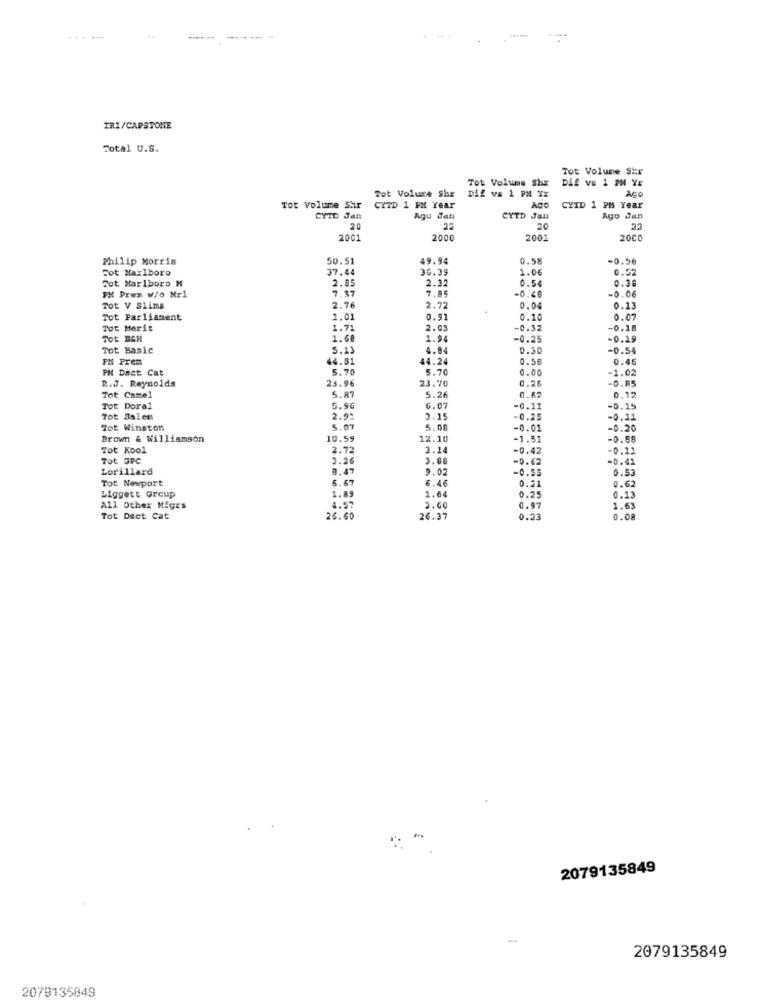
.....
IRI/CAPSTONE
Total U.S.
Tot Volune Shr
Tot Volume Shx
DAS vs 1 PM YE
Tot Volure shr
AGO
Dif vs 1 PM YX
Tot Volume Shr
CYTD 1 FM Year
Ago
CYID 1 PM Year
CYTO Jall
Agu Jan
CYTD Jan
Ago Jan
20
20
2001
2000
2001
2000
Philip Morris
50.51
49.94
0.58
-0.56
Sot Marlboro
37.44
36.39
1.06
0.52
Sot Marlboro M
2.32
0.54
0.30
2.85
7.37
7.85
-0.06
PM Pren W/o Nr1
-0.46
Tot V Slims
2.76
2.72
0.04
0.13
Tot Parliament
1.01
0.91
0.10
0.07
Tot Merit
1.71
2.03
-0.32
-0.18
Tot BCH
1.60
1.94
-0.25
-0.19
Tot Basic
5.13
4.84
0.30
-0.54
PH Prem
44.81
44.24
0.58
0.46
PH Dact Cat
5.70
5.70
0.00
-1.02
R.J. Reynolds
23.96
23.70
0.26
-0.95
5.87
Tot Camel
5.26
0.62
0.12
Tot Doral
5.96
6.07
-0.11
-0.15
Tot Sales
2.95
3.15
-0.25
-0.11
Tot Winston
5.07
5.00
-0.01
-0.20
Brown & Williamson
10.59
12.10
-1.51
-0.88
Tot Kool
2.72
3.14
-0.42
-0.22
Tot OFC
2.26
3.00
-0.62
-0.42
Lorillard
8.47
9.02
-0.55
0.53
Tot Newport
5.67
6.46
0.21
Liggett Group
1.89
1.64
0.62
0.25
0.13
All Other Miges
4.57
2.60
0.97
1.63
Tot Dsct Cat
26.60
26.37
0.23
0.08
.
2079135849
2079135849
2079135849